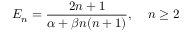
E _ { n } = \frac { 2 n + 1 } { \alpha + \beta n ( n + 1 ) } , \; \; \; \; n \ge 2